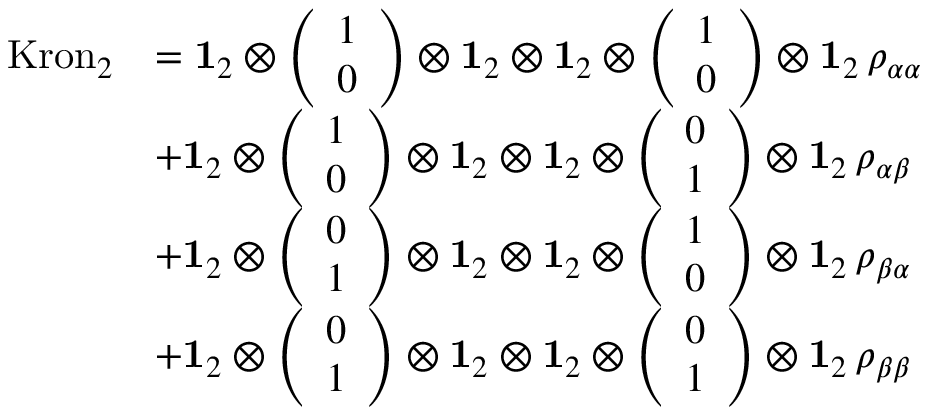
\begin{array} { r l } { \mathrm { K r o n } _ { 2 } } & { = \mathbf { 1 } _ { 2 } \otimes \left( \begin{array} { l } { 1 } \\ { 0 } \end{array} \right) \otimes \mathbf { 1 } _ { 2 } \otimes \mathbf { 1 } _ { 2 } \otimes \left( \begin{array} { l } { 1 } \\ { 0 } \end{array} \right) \otimes \mathbf { 1 } _ { 2 } \, \rho _ { \alpha \alpha } } \\ & { + \mathbf { 1 } _ { 2 } \otimes \left( \begin{array} { l } { 1 } \\ { 0 } \end{array} \right) \otimes \mathbf { 1 } _ { 2 } \otimes \mathbf { 1 } _ { 2 } \otimes \left( \begin{array} { l } { 0 } \\ { 1 } \end{array} \right) \otimes \mathbf { 1 } _ { 2 } \, \rho _ { \alpha \beta } } \\ & { + \mathbf { 1 } _ { 2 } \otimes \left( \begin{array} { l } { 0 } \\ { 1 } \end{array} \right) \otimes \mathbf { 1 } _ { 2 } \otimes \mathbf { 1 } _ { 2 } \otimes \left( \begin{array} { l } { 1 } \\ { 0 } \end{array} \right) \otimes \mathbf { 1 } _ { 2 } \, \rho _ { \beta \alpha } } \\ & { + \mathbf { 1 } _ { 2 } \otimes \left( \begin{array} { l } { 0 } \\ { 1 } \end{array} \right) \otimes \mathbf { 1 } _ { 2 } \otimes \mathbf { 1 } _ { 2 } \otimes \left( \begin{array} { l } { 0 } \\ { 1 } \end{array} \right) \otimes \mathbf { 1 } _ { 2 } \, \rho _ { \beta \beta } } \end{array}